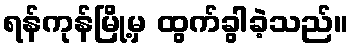
ရန်ကုန်မြို့မှ ထွက်ခွါခဲ့သည်။